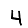
Digit: 4